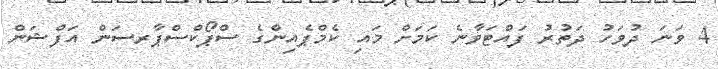
4 ވަނަ ދުވަހު ދަތުރު ފައްޓަވާނެ ކަމަށް މައި ކެމްޕެއިންގެ ސްޕޯކްސްޕާރސަން އަފްޝަން